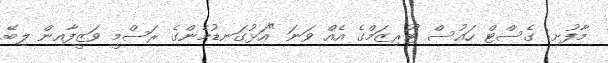
މާފުށި: ގެސްޓް ހައުސް ޓޫރިޒަމްގެ އެއް ވަނަ "އަޅުގަނޑުމެންގެ ރަސްމީ ވަޒީފާއިން ލިބޭ